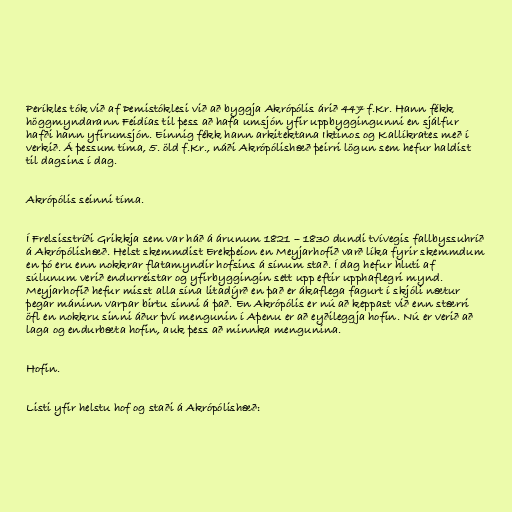
Períkles tók við af Þemistóklesi við að byggja Akrópólis árið 447 f.Kr. Hann fékk
höggmyndarann Feidías til þess að hafa umsjón yfir uppbyggingunni en sjálfur
hafði hann yfirumsjón. Einnig fékk hann arkitektana Iktinos og Kallíkrates með í
verkið. Á þessum tíma, 5. öld f.Kr., náði Akrópólishæð þeirri lögun sem hefur haldist
til dagsins í dag.

Akrópólis seinni tíma.

Í Frelsisstríði Grikkja sem var háð á árunum 1821 – 1830 dundi tvívegis fallbyssuhríð
á Akrópólishæð. Helst skemmdist Erekþeion en Meyjarhofið varð líka fyrir skemmdum
en þó eru enn nokkrar flatamyndir hofsins á sínum stað. Í dag hefur hluti af
súlunum verið endurreistar og yfirbyggingin sett upp eftir upphaflegri mynd.
Meyjarhofið hefur misst alla sína litadýrð en það er ákaflega fagurt í skjóli nætur
þegar máninn varpar birtu sinni á það. En Akrópólis er nú að keppast við enn stærri
öfl en nokkru sinni áður því mengunin í Aþenu er að eyðileggja hofin. Nú er verið að
laga og endurbæta hofin, auk þess að minnka mengunina.

Hofin.

Listi yfir helstu hof og staði á Akrópólishæð: